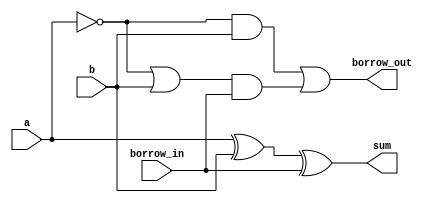
// full subractor cell

module fsc(
    input wire a,
    input wire b,
    input wire borrow_in,
    output wire sum,
    output wire borrow_out
);

assign sum = a ^ b ^ borrow_in;
assign borrow_out = (~a & b) | ((~a | b) & borrow_in);

endmodule